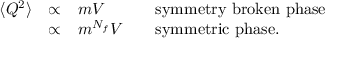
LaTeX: \begin{array} { l c l l } { { \langle Q ^ { 2 } \rangle } } & { { \propto } } & { { m V } } & { { \mathrm { s y m m e t r y \ b r o k e n \ p h a s e } } } \\ { { } } & { { \propto } } & { { m ^ { N _ { f } } V \ \ \ } } & { { \mathrm { s y m m e t r i c \ p h a s e } . } } \end{array}